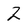
Character: 2